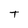
Character: T